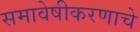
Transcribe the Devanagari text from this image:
समावेषीकरणाचे